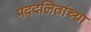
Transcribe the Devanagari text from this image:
पददलितांच्या